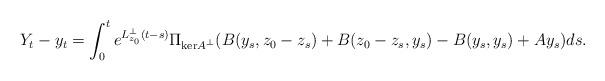
LaTeX: \begin{align*} Y_t - y_t = \int_0^t e^{L_{z_0}^\perp(t-s)}\Pi_{\mathrm{ker}A^\perp}(B(y_s,z_0-z_s) + B(z_0-z_s,y_s) - B(y_s,y_s) + Ay_s)ds.\end{align*}